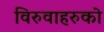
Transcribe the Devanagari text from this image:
विरुवाहरुको